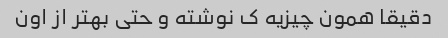
دقیقا همون چیزیه ک نوشته و حتی بهتر از اون